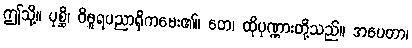
ဤသို့။ ပုစ္ဆိ၊ ဝိဓူရပညာရှိကမေး၏။ တေ၊ ထိုပုဏ္ဏားတို့သည်။ အပေတာ၊